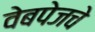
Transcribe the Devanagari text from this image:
वेबपेजचे